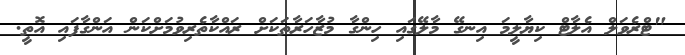
"ޓްރެވަލް އެލާޓް ކިޔާލީމަ އިނގޭ މާލޭގައި ހިންގާ މުޒާހަރާތަކަށްް ރައްކާތެރިވުމަށްްކަން އަންގާފައި އޮތީ.